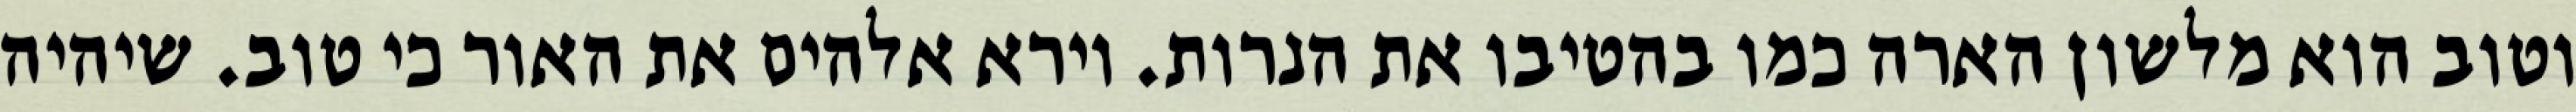
וטוב הוא מלשון הארה כמו בהטיבו את הנרות. וירא אלהים את האור כי טוב. שיהיה